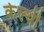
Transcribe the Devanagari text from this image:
केल्थी